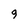
Character: 9